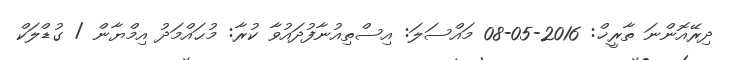
ދިރޭއޮންނަ ތާރީޚް: 2016-05-08 މައްސަލަ: އިސްތިއުނާފުދައުވާ ކުރާ: މުޙައްމަދު އިމްޔާން / ގުޑްލަކް